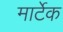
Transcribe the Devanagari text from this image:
मार्टेक